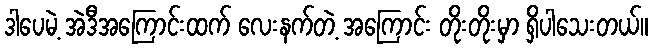
ဒါပေမဲ့ အဲဒီအကြောင်းထက် လေးနက်တဲ့ အကြောင်း တိုးတိုးမှာ ရှိပါသေးတယ်။